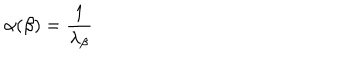
LaTeX: \alpha ( \beta ) = { \frac { 1 } { \lambda _ { \beta } } }